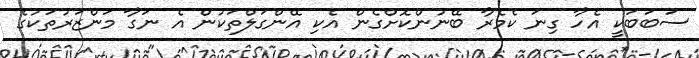
ސަބަބަކީ އެހާ ގިނަ ކެމެރާ ބޭނުންކޮށްގެން އެކި އޭންގަލްތަކުން އެ ނަގާ މަންޒަރުތަކުގެ